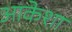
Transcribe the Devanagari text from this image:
आकेशा